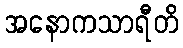
အနောကသာရီတိ